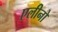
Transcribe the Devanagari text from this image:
एलीनो